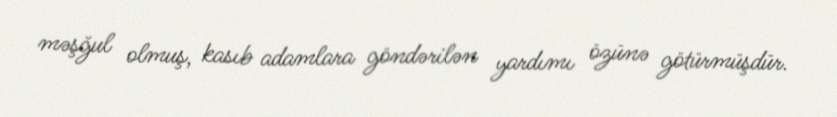
məşğul olmuş, kasıb adamlara göndərilən yardımı özünə götürmüşdür.